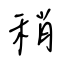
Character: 稍